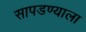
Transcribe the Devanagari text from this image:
सापडण्याला